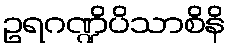
ဥရဂဏ္ဍိပိသာစိနိ